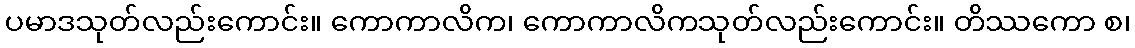
ပမာဒသုတ်လည်းကောင်း။ ကောကာလိက၊ ကောကာလိကသုတ်လည်းကောင်း။ တိဿကော စ၊